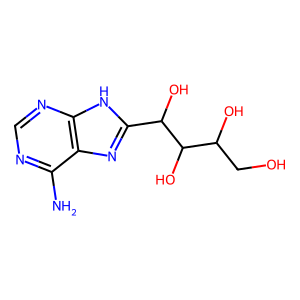
SMILES: Nc1ncnc2[nH]c(C(O)C(O)C(O)CO)nc12
Inhibits HIV replication: No